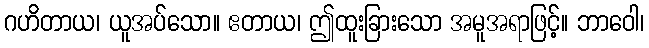
ဂဟိတာယ၊ ယူအပ်သော။ ဧတာယ၊ ဤထူးခြားသော အမူအရာဖြင့်။ ဘာဝေါ၊